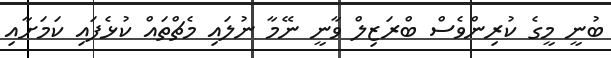
ބުނީ މީގެ ކުރިންވެސް ބްރަޒިލް ވާނީ ނޭމާ ނުލައި މެޗްތައް ކުޅެފައި ކަމަށާއި